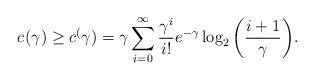
LaTeX: \begin{align*}{c_{}(\gamma)} \geq c_{}^(\gamma) = \gamma \sum\limits_{i=0}^{\infty} {\frac{\gamma^i}{i!} e^{-\gamma} \log_2 \left(\frac{i+1}{\gamma}\right)}.\end{align*}